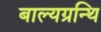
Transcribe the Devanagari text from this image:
बाल्यग्रन्थि